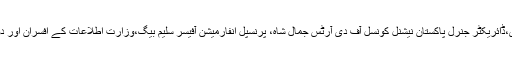
اس موقع پر چین سفارتخانے کے کلچر ل قونصلر یو ای،ڈائریکٹر جنرل پاکستان نیشنل کونسل آف دی آرٹس جمال شاہ، پرنسپل انفارمیشن آفیسر سلیم بیگ،وزارت اطلاعات کے افسران اور دونوں ممالک کے آرٹسٹ بھی اس موقع پر موجود تھے۔